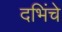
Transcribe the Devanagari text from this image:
दभिंचे